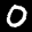
Label: 0